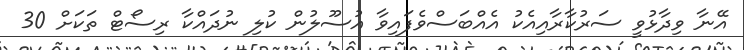
އޭނާ ވިދާޅުވީ ސަރުކާރާއިއެކު އެއްބަސްވެފައިވާ އުސޫލުން ކުލި ނުދައްކާ ރިސޯޓް ތަކަށް 30